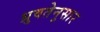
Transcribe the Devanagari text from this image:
ध्रुवतेनुसार